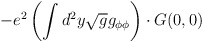
\begin{align*}-e^2 \left(\int d^2y \sqrt{g}g_{\phi\phi}\right) \cdot G(0,0)\end{align*}